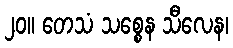
၂၀။ တေသံ သစ္စေန သီလေန၊